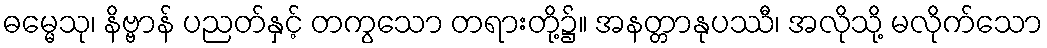
ဓမ္မေသု၊ နိဗ္ဗာန် ပညတ်နှင့် တကွသော တရားတို့၌။ အနတ္တာနုပဿီ၊ အလိုသို့ မလိုက်သော